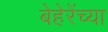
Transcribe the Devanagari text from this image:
बेहेरेंच्या